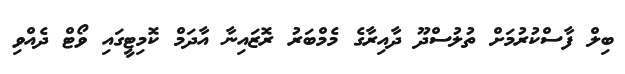
ބިލް ފާސްކުރުމަށް ތުލުސްދޫ ދާއިރާގެ މެމްބަރު ރޮޒައިނާ އާދަމް ކޮމިޓީގައި ވޯޓް ދެއްވި